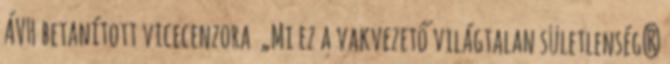
ÁVH betanított vicecenzora „Mi ez a vakvezető világtalan sületlenség?